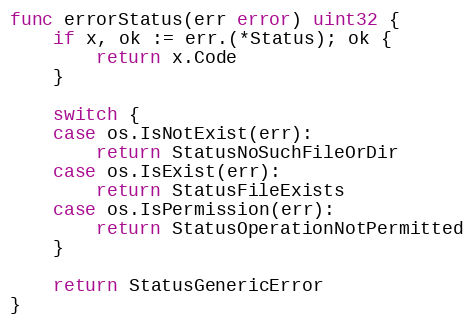
Language: Go
func errorStatus(err error) uint32 {
	if x, ok := err.(*Status); ok {
		return x.Code
	}

	switch {
	case os.IsNotExist(err):
		return StatusNoSuchFileOrDir
	case os.IsExist(err):
		return StatusFileExists
	case os.IsPermission(err):
		return StatusOperationNotPermitted
	}

	return StatusGenericError
}